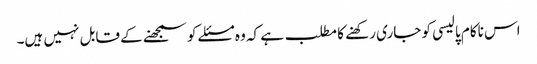
اس ناکام پالیسی کو جاری رکھنے کا مطلب ہے کہ وہ مسئلے کو سمجھنے کے قابل نہیں ہیں۔